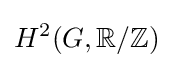
H^{2}(G,\mathbb {R} /\mathbb {Z} )